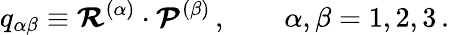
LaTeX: q_{\alpha\beta}\equiv\mathbfcal{R}^{(\alpha)}\cdot\mathbfcal{P}^{(\beta)}\, ,\qquad\alpha,\beta=1,2,3\, .